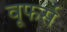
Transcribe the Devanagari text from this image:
वूफर्स